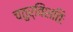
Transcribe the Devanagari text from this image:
चतुर्विंशतिः